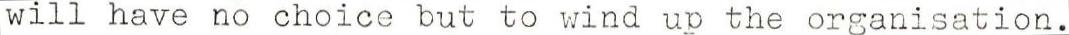
will have no choice but to wind up the organisation.